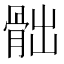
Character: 𩨸